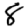
Digit: 8